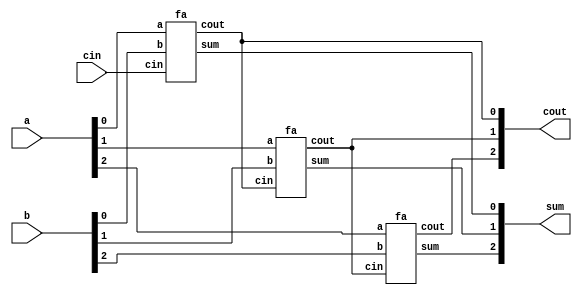
module top_module( 
    input [2:0] a, b,
    input cin,
    output [2:0] cout,
    output [2:0] sum );
    fa fa0( a[0], b[0], cin, cout[0], sum[0] );
    fa fa1( a[1], b[1], cout[0], cout[1], sum[1] );
    fa fa2( a[2], b[2], cout[1], cout[2], sum[2] );
endmodule

// 1 bit Full adder module
module fa( 
    input a, b, cin,
    output cout, sum );
	assign sum = a ^ b ^ cin;
    assign cout = (a & b) | (b & cin) | (a & cin);
endmodule